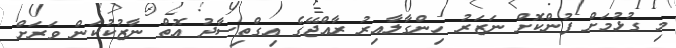
މި ގުޅުމަށް ފުންކޮށް ނަޒަރު ހިންގާލާއިރު ރާއްޖޭގެ އިގްތިސާދު އޮތް ނާޒުކުކަން ވަރަށް